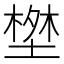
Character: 𭏝